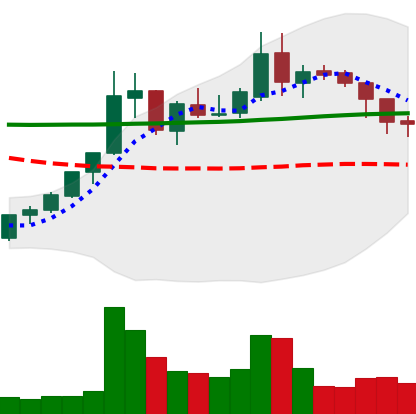
Ticker: XLM-USD
Chart end date: 2018-08-01
Forward return: -15.045%
Label: down_7plus